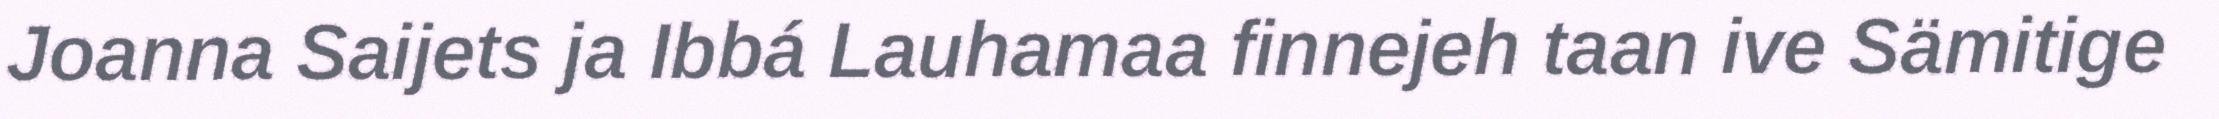
Joanna Saijets ja Ibbá Lauhamaa finnejeh taan ive Sämitige